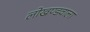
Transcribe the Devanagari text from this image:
लोखण्डवाला